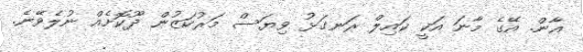
އާން. އޭގެ މާނަ އަކީ ކައިލް ރަނގަޅު ވިޔަސް މަރުކަޒުން ދޫކޮށެއް ނުލެވޭނެ.